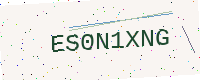
Text: ES0N1XNG